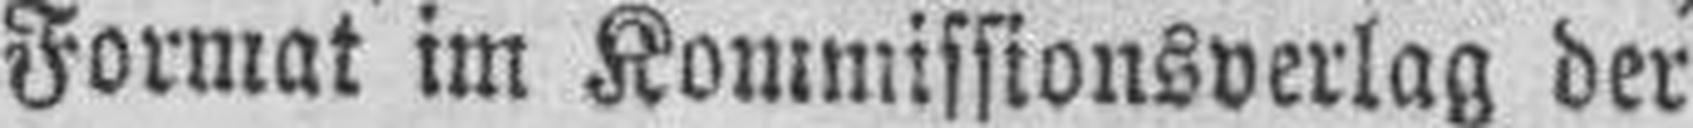
Format im Kommissionsverlag der